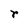
Character: r